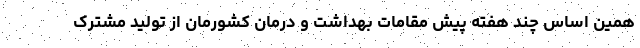
همین اساس چند هفته پیش مقامات بهداشت و درمان کشورمان از تولید مشترک